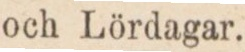
och Lördagar.